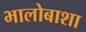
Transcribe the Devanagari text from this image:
भालोबाशा